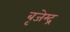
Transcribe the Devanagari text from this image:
बृजेम्द्र